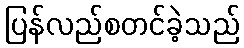
ပြန်လည်စတင်ခဲ့သည်